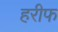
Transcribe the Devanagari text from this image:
हरीफ